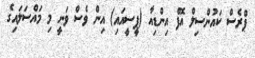
ޕްރެސް ކައުންސިލް އޮފް އިންޑިއާ (ޕީސީއައި) އިން ވެސް ވަނީ މި މައްސަލައިގެ